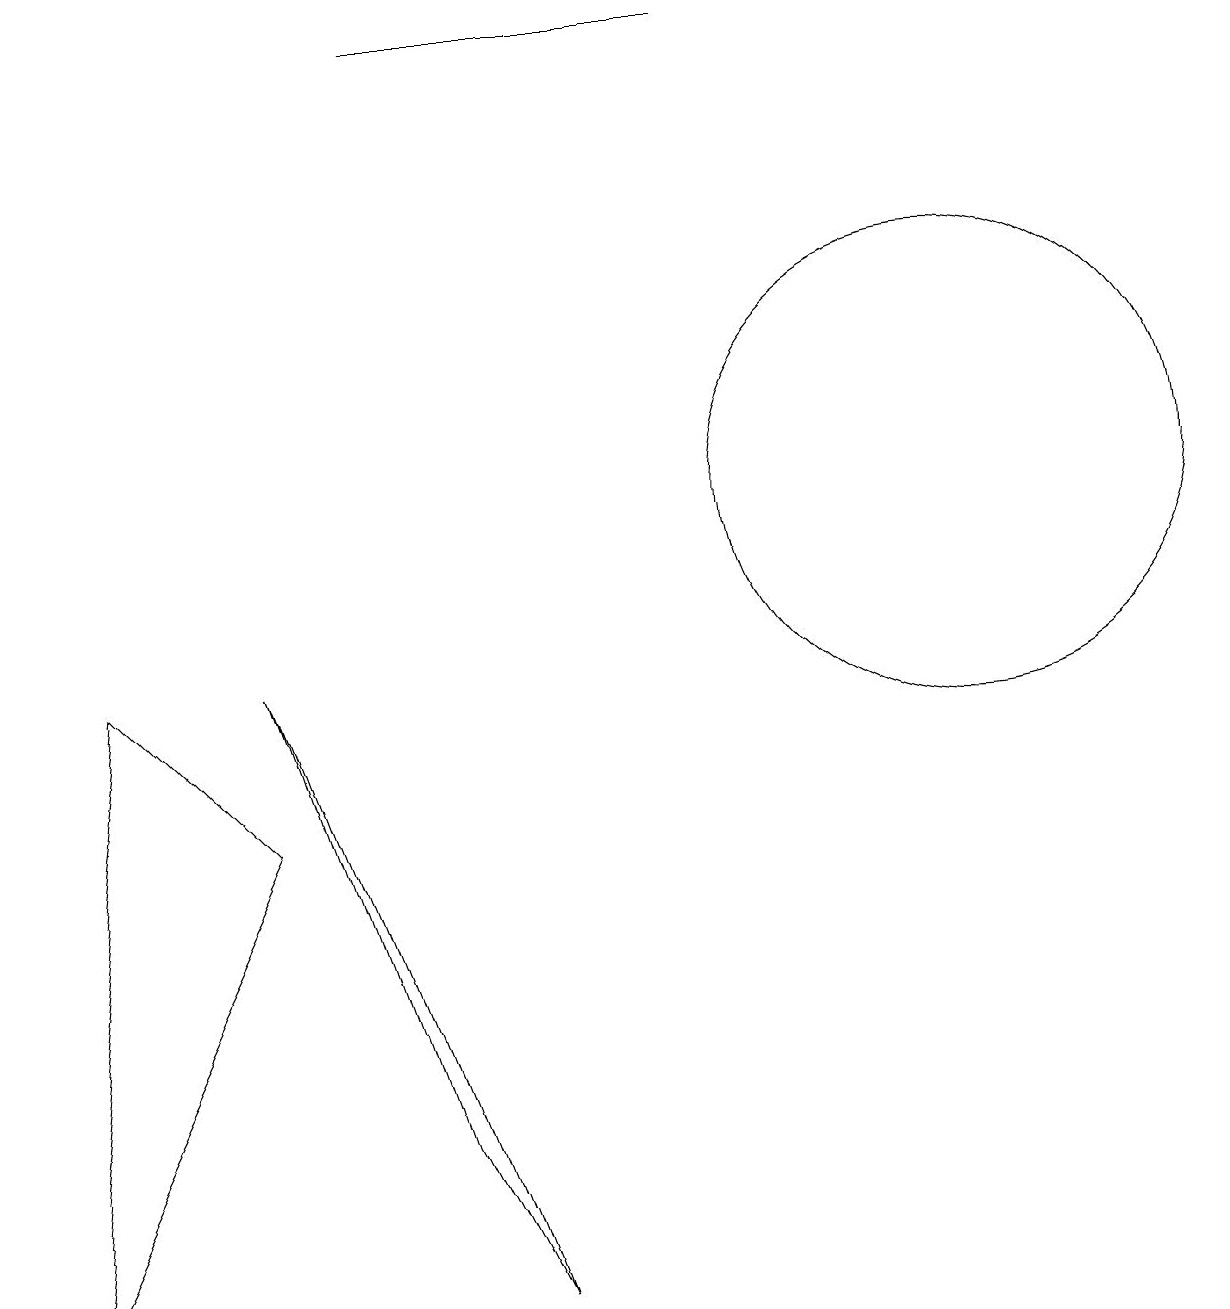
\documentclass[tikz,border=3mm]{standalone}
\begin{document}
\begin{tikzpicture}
\draw (6,1) -- (5,3) -- (3,9) -- cycle;
\draw (5,17) rectangle (9,17);
\draw (3,7) -- (1,9) -- (0,1) -- cycle;
\draw (12,11) circle (3);
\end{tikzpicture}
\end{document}